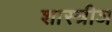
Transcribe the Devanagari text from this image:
शास्त्रीञ